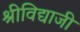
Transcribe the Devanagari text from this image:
श्रीविद्याजी